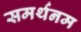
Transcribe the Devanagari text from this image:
समर्थनम